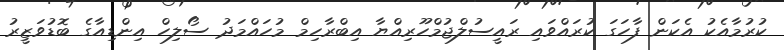
ކުރުމާއެކު އެކަން ފާހަގަ ކުރައްވައި ރައީސުލްޖުމްހޫރިއްޔާ އިބްރާހިމް މުހައްމަދު ސޯލިހް އިންޑިއާގެ ބޮޑުވަޒީރު